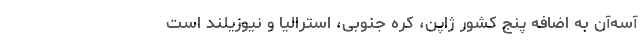
آ‌سه‌آن به اضافه پنج کشور ژاپن، کره جنوبی، استرالیا و نیوزیلند است